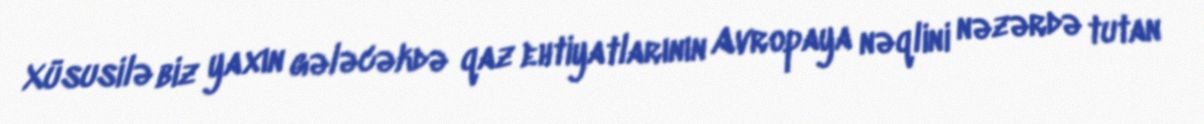
Xüsusilə biz yaxın gələcəkdə qaz ehtiyatlarının Avropaya nəqlini nəzərdə tutan